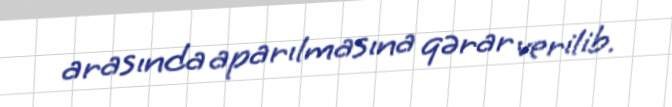
arasında aparılmasına qərar verilib.